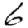
Digit: 6